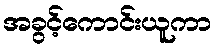
အခွင့်ကောင်းယူကာ